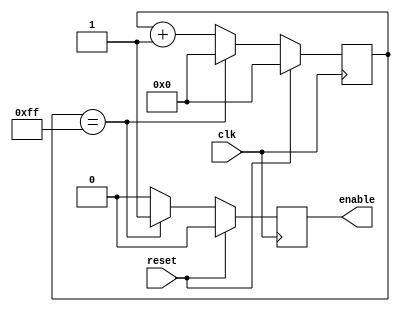
module timing_control (
    input clk,
    input reset,
    output reg enable
);

    reg [7:0] counter;

    always @(posedge clk) begin
        if (reset) begin
            counter <= 8'h00;
            enable <= 0;
        end else begin
            counter <= counter + 1;
            if (counter == 8'd255) begin
                counter <= 8'h00;
                enable <= 1;
            end else begin
                enable <= 0;
            end
        end
    end
endmodule